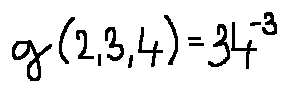
g ( 2 , 3 , 4 ) = 3 4 ^ { - 3 }